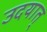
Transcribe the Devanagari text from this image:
उदयात्‌